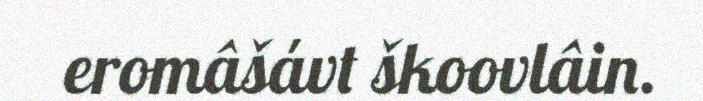
eromâšávt škoovlâin.